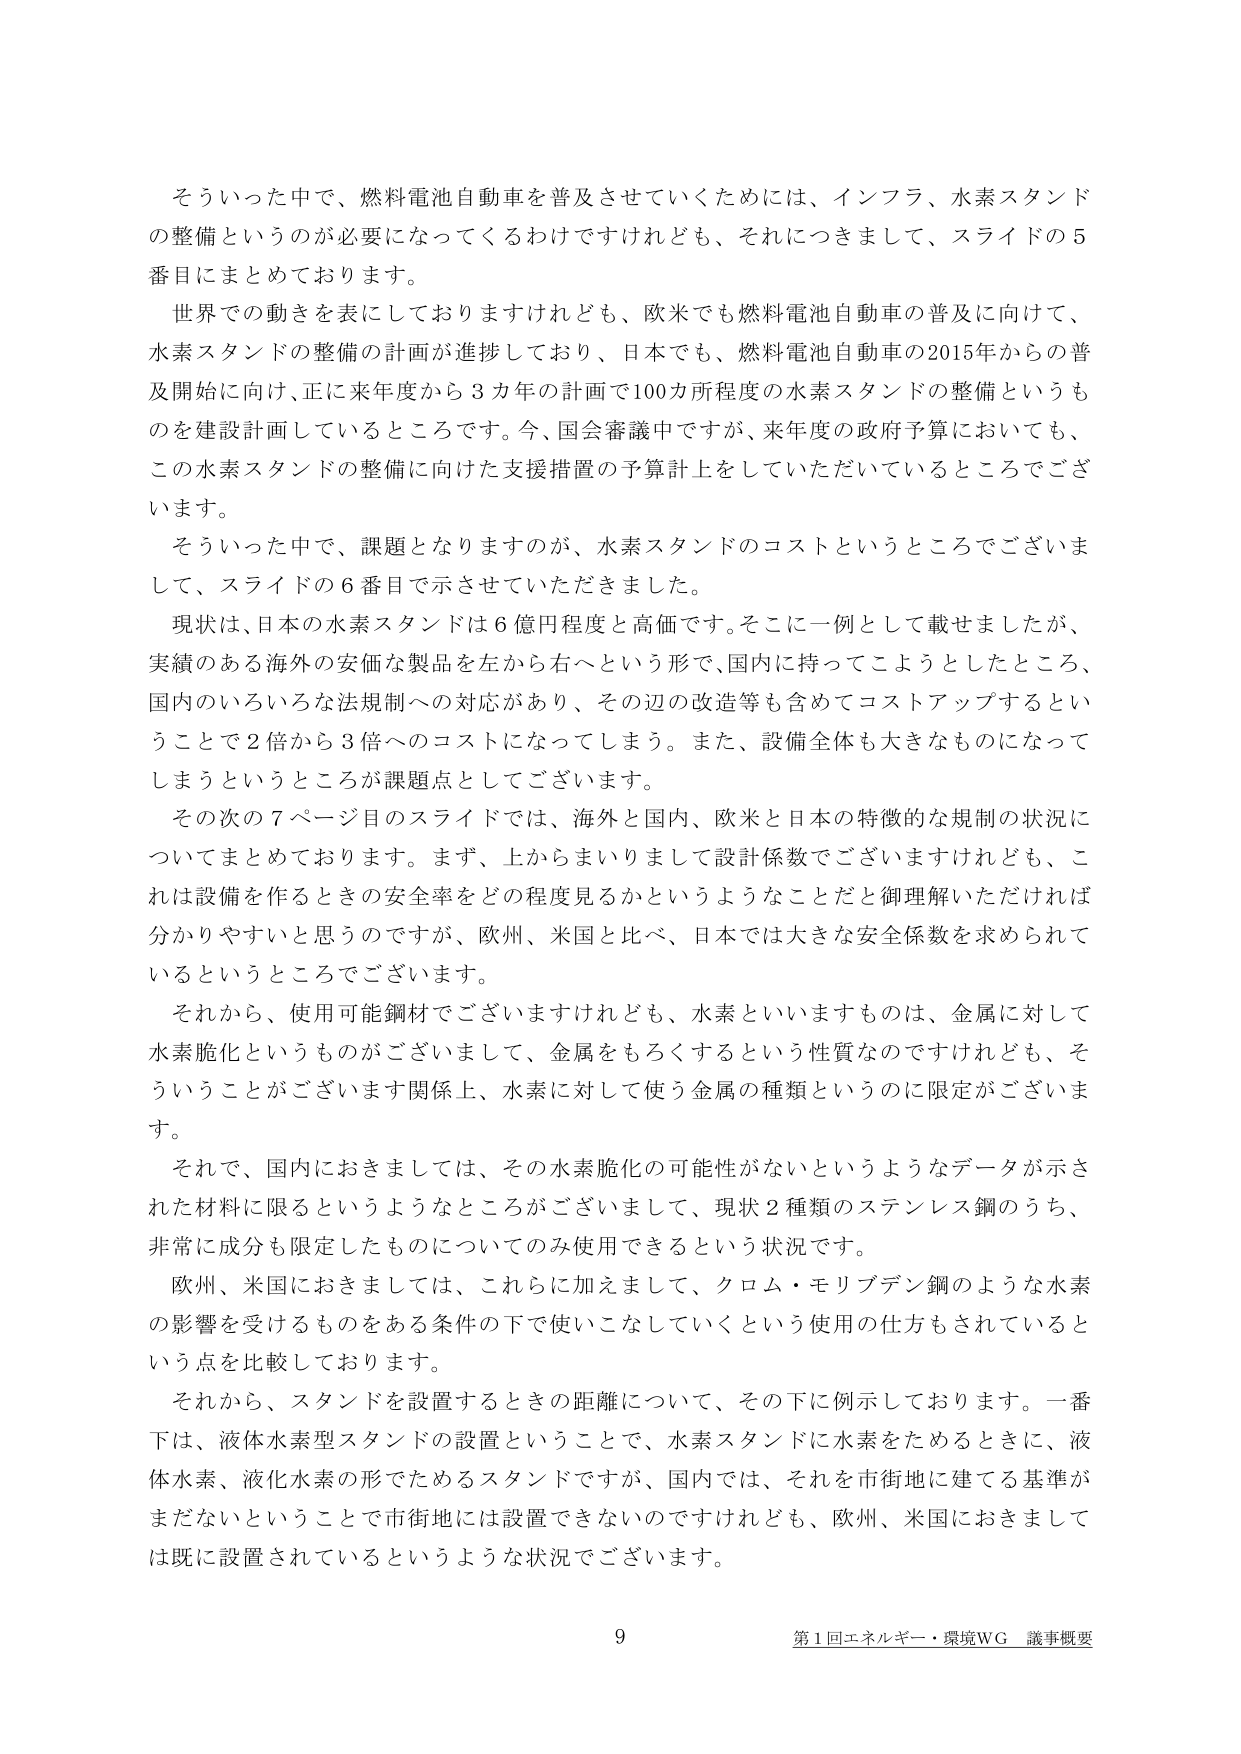
そういった中で、燃料電池自動車を普及させていくためには、インフラ、水素スタンドの整備というのが必要になってくるわけですがけれども、それにつきまして、スライドの5番目にまとめております。

世界での動きを表にしておりますけれども、欧米でも燃料電池自動車の普及に向けて、水素スタンドの整備の計画が進捗しており、日本でも、燃料電池自動車の2015年からの普及開始に向け、正に来年度から3カ年の計画で100カ所程度の水素スタンドの整備というものを建設計画しているところでございます。今、国会審議中ですが、来年度の政府予算においても、この水素スタンドの整備に向けた支援措置の予算計上をしていただいているところでございます。

そういった中で、課題となりますのが、水素スタンドのコストというところでございまして、スライドの6番目で示させていただきました。

現状は、日本の水素スタンドは6億円程度と高価です。そこに一例として載せましたが、実績のある海外の安価な製品を左から右へという形で、国内に持ってこようとしたところ、国内のいろいろな法規制への対応があり、その辺の改造等も含めてコストアップするということで2倍から3倍へのコストになってしまいます。また、設備全体も大きなものになってしまうというところが課題点としてございます。

その次の7ページ目のスライドでは、海外と国内、欧米と日本の特徴的な規制の状況についてまとめております。まず、上からまいりまして設計係数でございますけれども、これは設備を作るときの安全率をどの程度見るかというようなことだと御理解いただければ分かりやすいと思うのですが、欧州、米国と比べ、日本では大きな安全係数を求められているというところでございます。

それから、使用可能鋼材でございますけれども、水素といいますものは、金属に対して水素脆化というものがございまして、金属をもろくするという性質なのですけれども、そういうことがございます関係上、水素に対して使う金属の種類というのに限定がございます。

それで、国内におきましては、その水素脆化の可能性がないというようなデータが示された材料に限るというようなところがございまして、現状2種類のステンレス鋼のうち、非常に成分も限定したものについてのみ使用できるという状況です。

欧州、米国におきましては、これらに加えまして、クロム・モリブデン鋼のような水素の影響を受けるものをある条件の下で使いこなしていくという使用の仕方もされているという点を比較しております。

それから、スタンドを設置するときの距離について、その下に例示しております。一番下は、液体水素型スタンドの設置ということで、水素スタンドに水素をためるときに、液体水素、液化水素の形でためるスタンドですが、国内では、それを市街地に建てる基準がまだないということで市街地には設置できないのですけれども、欧州、米国におきましては既に設置されているというような状況でございます。

9
第1回エネルギー・環境WG 議事概要